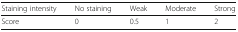
| Staining intensity | No staining | Weak | Moderate | Strong |
 | --- | --- | --- | --- | --- |
 | Score | 0 | 0.5 | 1 | 2 |